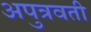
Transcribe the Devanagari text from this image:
अपुत्रवती